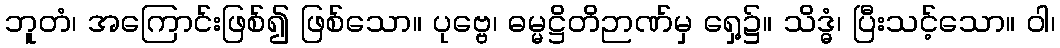
ဘူတံ၊ အကြောင်းဖြစ်၍ ဖြစ်သော။ ပုဗ္ဗေ၊ ဓမ္မဋ္ဌိတိဉာဏ်မှ ရှေ့၌။ သိဒ္ဓံ၊ ပြီးသင့်သော။ ဝါ၊